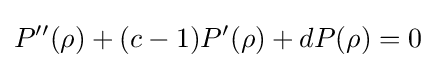
P''(\rho )+(c-1)P'(\rho )+dP(\rho )=0